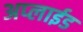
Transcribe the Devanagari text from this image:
अप्‍लाईड